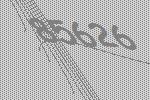
85626